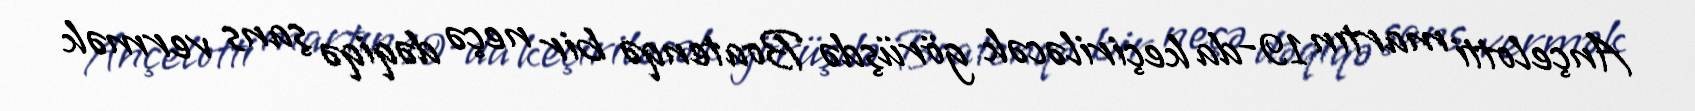
Ançelotti martın 19-da keçiriləcək görüşdə Boatenqə bir neçə dəqiqə şans vermək